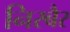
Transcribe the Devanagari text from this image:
निरबैर